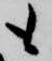
も